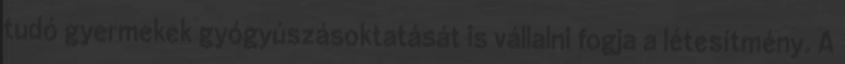
tudó gyermekek gyógyúszásoktatását is vállalni fogja a létesítmény. A